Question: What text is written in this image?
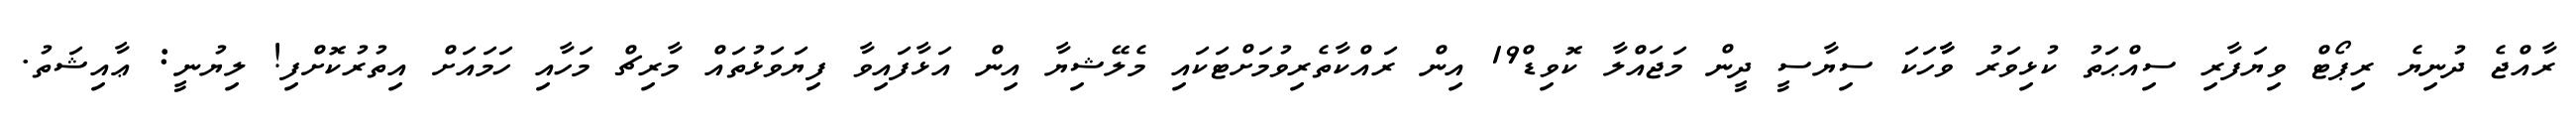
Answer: ރާއްޖެ ދުނިޔެ ރިޕޯޓް ވިޔަފާރި ސިއްޙަތު ކުޅިވަރު ވާާހަކަ ސިޔާސީ ދީން މަޖައްލާ ކޮވިޑް19 އިން ރައްކާތެރިވުމަށްޓަކައި މެލޭޝިޔާ އިން އަޅާފައިވާ ފިޔަވަޅުތައް މާރިޗް މަހާއި ހަމައަށް އިތުރުކޮށްފި! ލިޔުނީ: ޢާއިޝަތު.